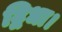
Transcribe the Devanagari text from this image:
द्विधा।